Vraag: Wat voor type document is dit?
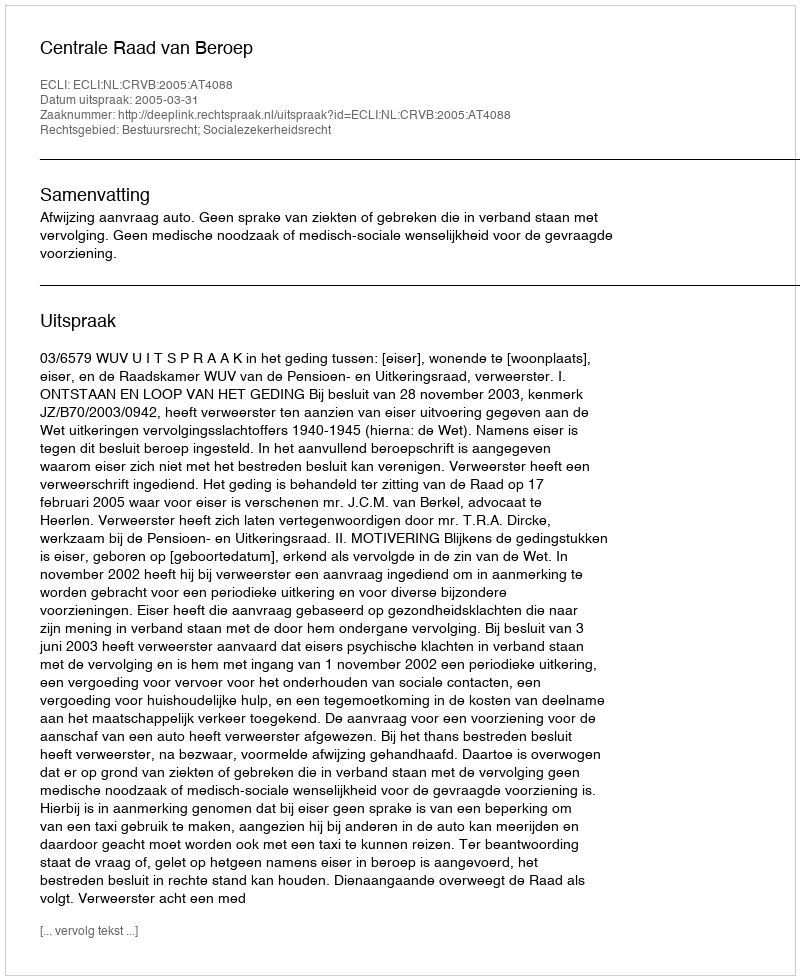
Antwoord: Uitspraak